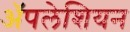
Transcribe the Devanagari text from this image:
ॲपलेशियन